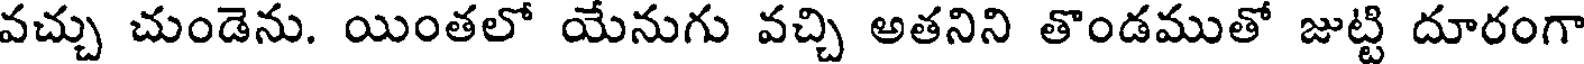
వచ్చు చుండెను. యింతలో యేనుగు వచ్చి అతనిని తొండముతో జుట్టి దూరంగా